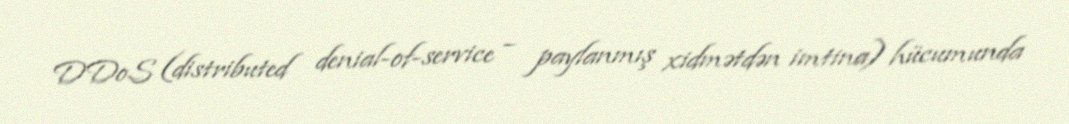
DDoS (distributed denial-of-service − paylanmış xidmətdən imtina) hücumunda